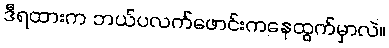
ဒီရထားက ဘယ်ပလက်ဖောင်းကနေထွက်မှာလဲ။